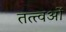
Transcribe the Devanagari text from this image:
तत्त्वओं